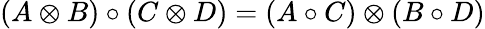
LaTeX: (A\otimes B)\circ(C\otimes D)=(A\circ C)\otimes(B\circ D)